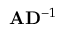
{ \bf A } { \bf D } ^ { - 1 }